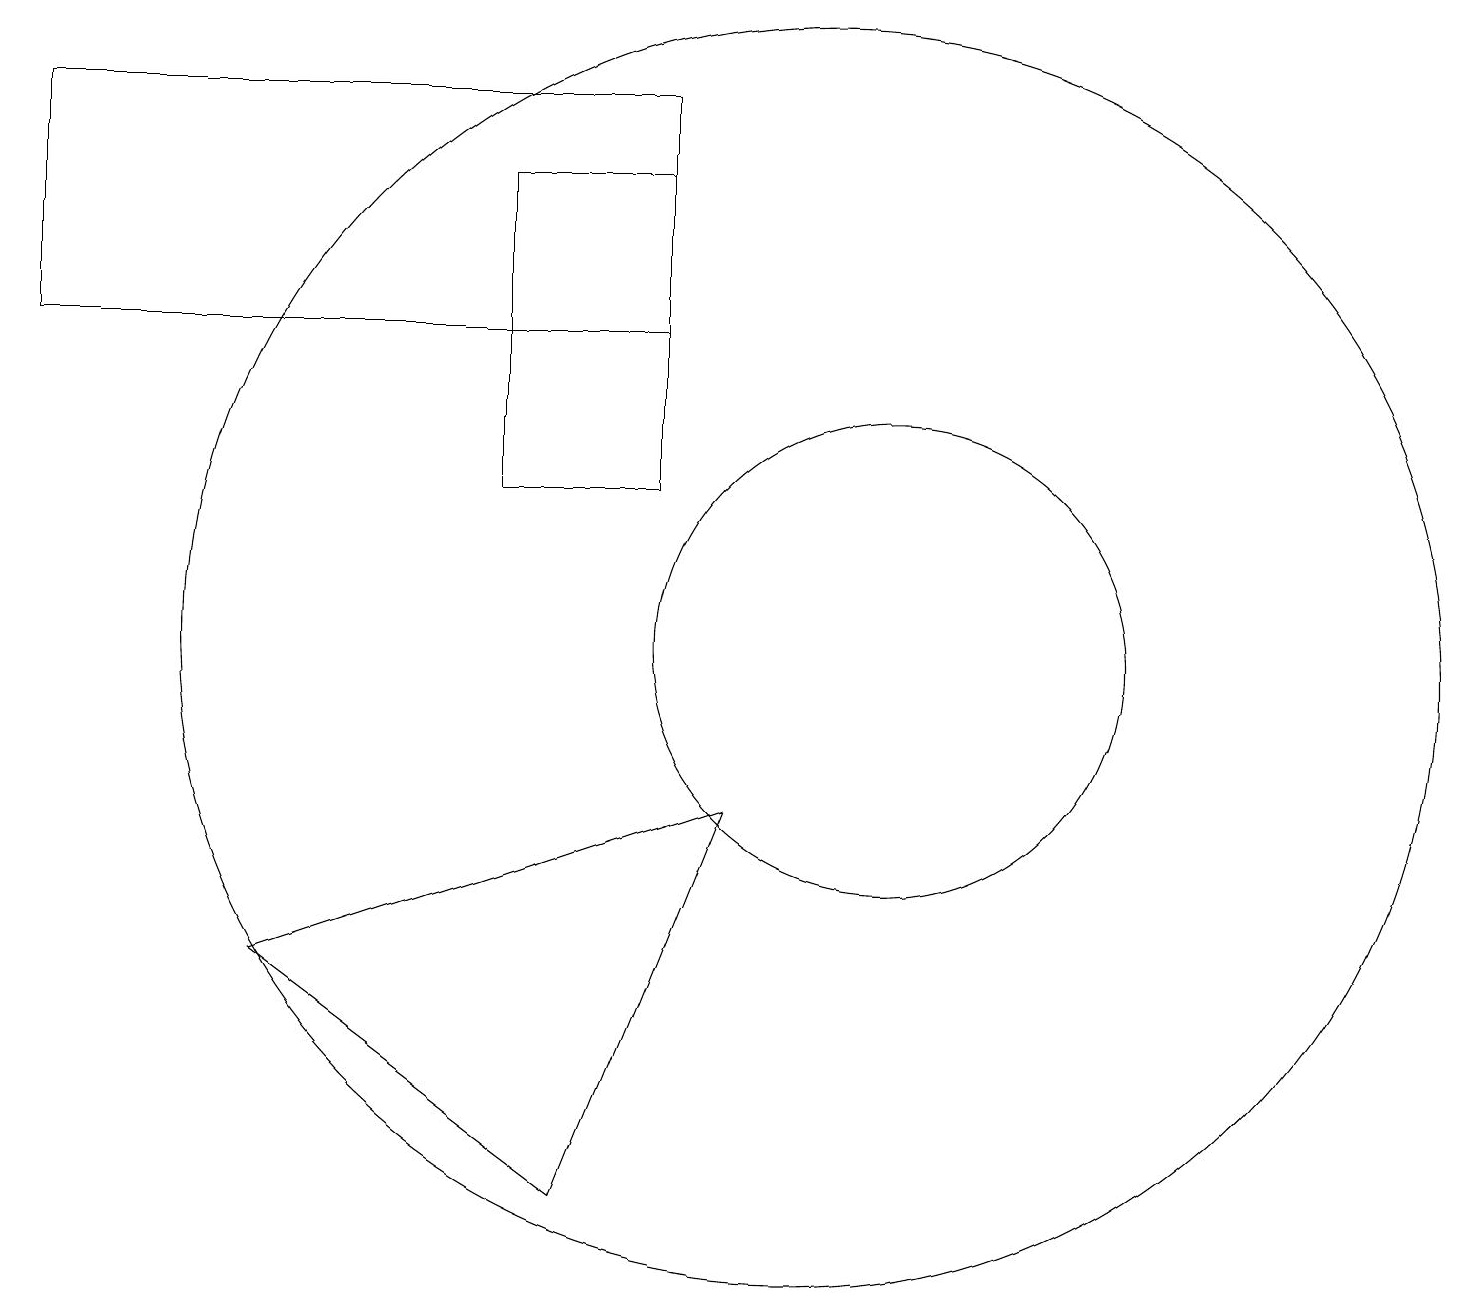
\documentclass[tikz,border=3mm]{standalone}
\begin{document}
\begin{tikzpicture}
\draw (8,12) rectangle (6,16);
\draw (0,14) rectangle (8,17);
\draw (7,3) -- (9,8) -- (3,6) -- cycle;
\draw (10,10) circle (8);
\draw (11,10) circle (3);
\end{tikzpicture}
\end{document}